Assam Mental Hospital (Tezpur, India) - 1933-1948
Year: 1933
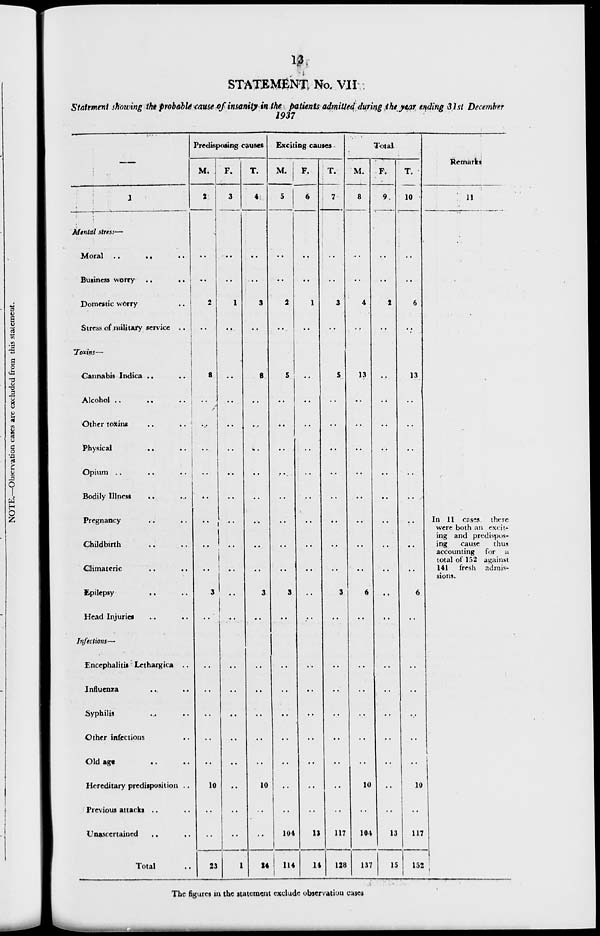
13
STATEMENT No. VII
Statement showing the probable cause of insanity in the patients admitted during the year ending 31st December
1937
—
1
Mental stress—
Moral
..
..
..
Business worry
..
..
Domestic worry
..
Stress of military service ..
Toxins—
Cannabis Indica .. ..
Alcohol ..
..
..
Other toxins
..
..
Physical
..
..
Opium ..
..
..
Bodily Illness .. ..
Pregnancy .. ..
Childbirth .. ..
Climateric .. ..
Epilepsy
..
..
Head Injuries .. ..
Infections—
Encephalitis Lethargica ..
Influenza .. ..
Syphilis .. ..
Other infections ..
Old age .. ..
Hereditary predisposition ..
Previous attacks .. ..
Unascertained .. ..
Total ..
Predisposing causes
M.
2
..
..
2
..
3
..
..
..
..
..
..
..
..
3
..
..
..
..
..
..
10
..
..
23
F.
3
..
..
1
..
..
..
..
..
..
..
..
..
..
..
..
..
..
..
..
..
..
..
..
1
T.
4
..
..
3
..
3
..
..
..
..
..
..
..
..
3
..
..
..
..
..
..
10
..
..
24
Exciting causes
M.
5
..
..
2
..
5
..
..
..
..
..
..
..
..
3
..
..
..
..
..
..
..
..
104
114
F.
6
..
..
1
..
..
..
..
..
..
..
..
..
..
..
..
..
..
..
..
..
..
13
14
T.
7
..
..
3
..
5
..
..
..
..
..
..
..
..
3
..
..
..
..
..
..
..
..
117
128
Total
M.
8
..
..
4
..
13
..
..
..
..
..
..
..
..
6
..
..
..
..
..
..
10
..
104
137
F.
9
..
..
2
..
..
..
..
..
..
..
..
..
..
..
..
..
..
..
..
..
..
..
13
15
T.
10
..
..
6
..
13
..
..
..
..
..
..
..
..
6
..
..
..
..
..
..
10
..
117
152
Remarks
11
In 11 cases there
were both an excit-
ing and predispos-
ing
cause
thus
accounting for a
total of 152 against
141 fresh admis-
sions.
The figures in the statement exclude observation cases